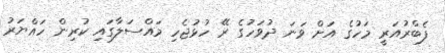
ފެބްރުއަރީ މަހުގެ އަށް ވަނަ ދުވަހުގެ ރޭ ހުޅުޖެހި މައްސަލާގައި ކުރިން ހައްޔަރު